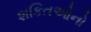
શકિતઓનો